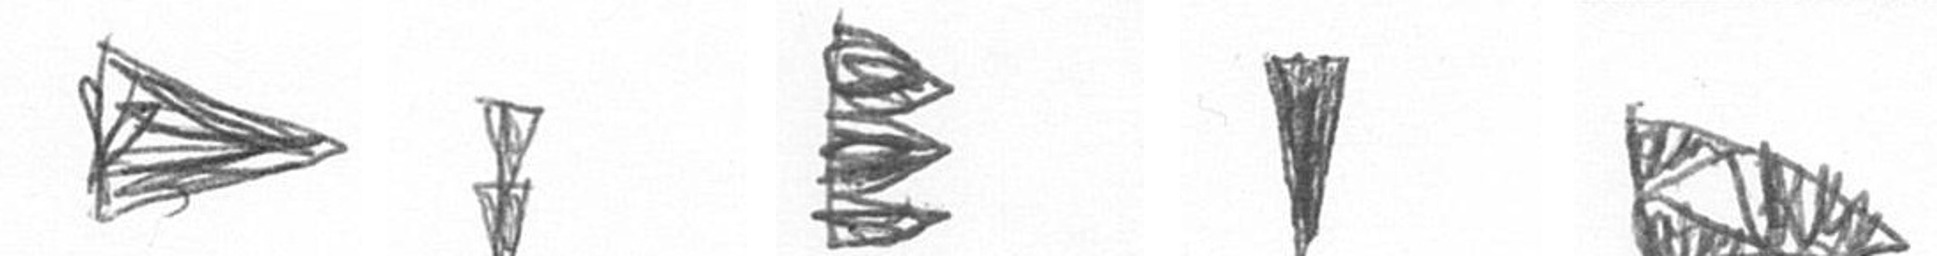
T Z H J K